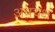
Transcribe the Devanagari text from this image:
अधयक्ष